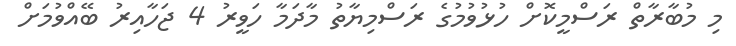
މި މުބާރާތް ރަސްމީކޮށް ހުޅުވުމުގެ ރަސްމިޔާތު މާދަމާ ހަވީރު 4 ޖަހާއިރު ބޭއްވުމަށް